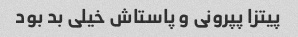
پیتزا پپرونی و پاستاش خیلی بد بود